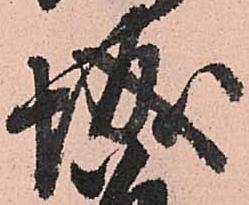
城